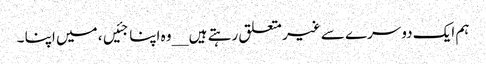
ہم ایک دوسرے سے غیر متعلق رہتے ہیں __وہ اپنا جئیں، میں اپنا ۔